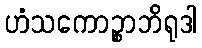
ဟံသကောဉ္စာဘိရုဒါ